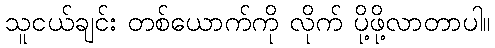
သူငယ်ချင်း တစ်ယောက်ကို လိုက် ပို့ဖို့လာတာပါ။